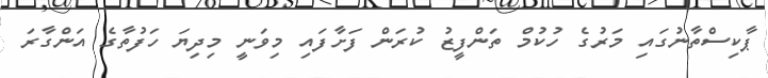
ޕާކިސްތާނުގައި މަރުގެ ހުކުމް ތަންފީޒު ކުރަން ފަށާފައި މިވަނީ މިދިޔަ ހަފުތާގެ އަންގާރަ